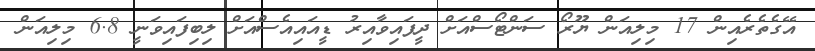
އޭގެތެރެއިން 17 މިލިއަން ޔޫރޯ ސަންޓޯސްއަށް ދީފައިވާއިރު ޑީއައިއެސްއަށް ލިބިފައިވަނީ 6.8 މިލިއަން